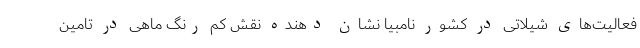
فعالیت‌های شیلاتی در کشور نامبیا نشان دهنده نقش کم رنگ ماهی در تامین